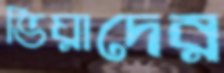
ভিয়াদের